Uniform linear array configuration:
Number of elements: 64
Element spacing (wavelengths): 0.5
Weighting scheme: hamming
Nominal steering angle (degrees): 30
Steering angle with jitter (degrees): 30.958
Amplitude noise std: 0.05
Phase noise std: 0.05

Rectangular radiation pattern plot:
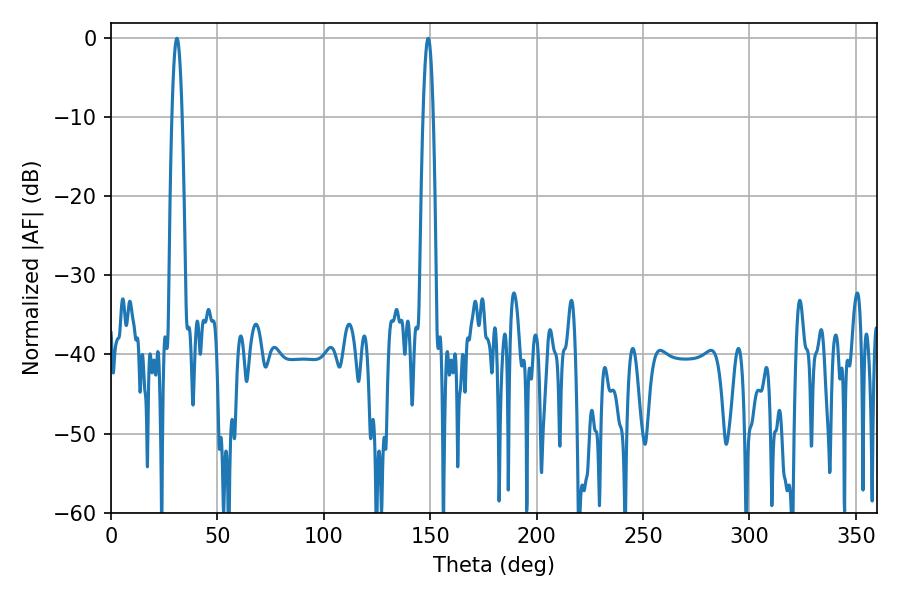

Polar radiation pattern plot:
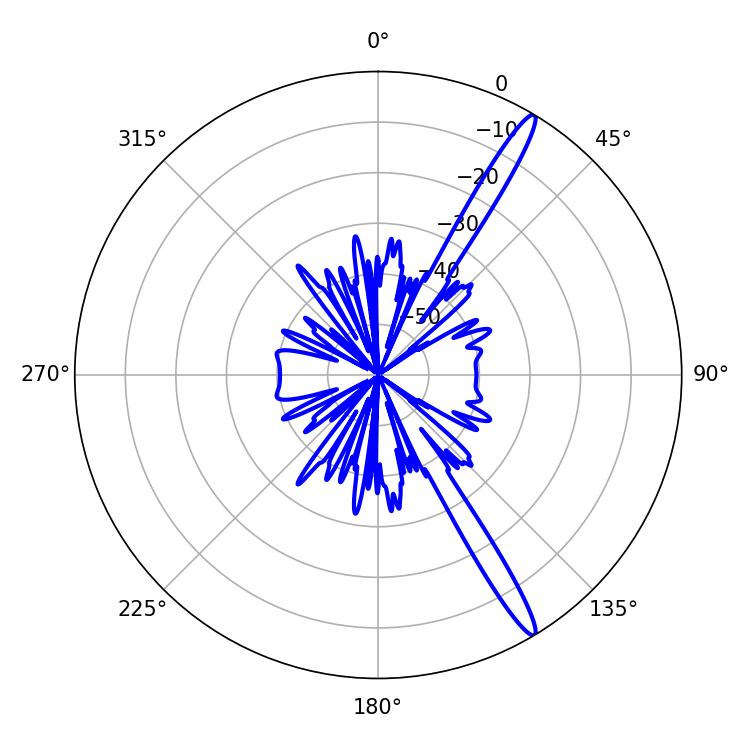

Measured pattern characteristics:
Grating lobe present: FALSE
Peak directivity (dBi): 15.852
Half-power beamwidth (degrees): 2.52
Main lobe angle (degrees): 30.96